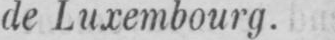
de Luxembourg.